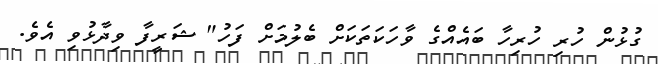
ގުޅުން ހުރި ހުރިހާ ބައެއްގެ ވާހަކަތަކަށް ބެލުމަށް ފަހު" ޝަރީފާ ވިދާޅުވި އެވެ.